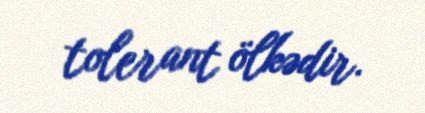
tolerant ölkədir.